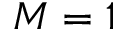
M = 1